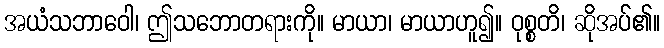
အယံသဘာဝေါ၊ ဤသဘောတရားကို။ မာယာ၊ မာယာဟူ၍။ ဝုစ္စတိ၊ ဆိုအပ်၏။